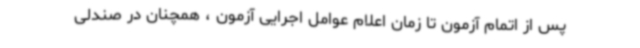
پس از اتمام آزمون تا زمان اعلام عوامل اجرایی آزمون ، همچنان در صندلی